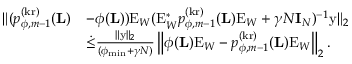
\begin{array} { r l } { \| ( p _ { \phi , m - 1 } ^ { ( \mathrm { k r } ) } ( \mathbf { L } ) } & { - \phi ( \mathbf { L } ) ) \mathrm { E } _ { W } ( \mathrm { E } _ { W } ^ { * } p _ { \phi , m - 1 } ^ { ( \mathrm { k r } ) } ( \mathbf { L } ) \mathrm { E } _ { W } + \gamma N \mathbf { I } _ { N } ) ^ { - 1 } \mathrm { y } \| _ { 2 } } \\ & { \dot { \leq } \frac { \| \mathrm { y } \| _ { 2 } } { ( \phi _ { \operatorname* { m i n } } + \gamma N ) } \left\| \phi ( \mathbf { L } ) \mathrm { E } _ { W } - p _ { \phi , m - 1 } ^ { ( \mathrm { k r } ) } ( \mathbf { L } ) \mathrm { E } _ { W } \right\| _ { 2 } . } \end{array}